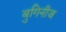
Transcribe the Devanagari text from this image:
बुगिनीज